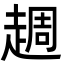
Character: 䞴